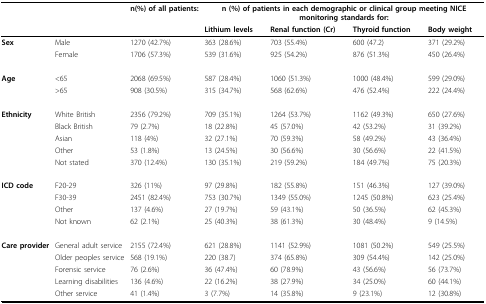
<table><thead><tr><td></td><td></td><td><b>n(%) of all patients:</b></td><td colspan="4"><b>n (%) of patients in each demographic or clinical group meeting NICE monitoring standards for:</b></td></tr><tr><td></td><td></td><td></td><td><b>Lithium levels</b></td><td><b>Renal function (Cr)</b></td><td><b>Thyroid function</b></td><td><b>Body weight</b></td></tr></thead><tbody><tr><td><b>Sex</b></td><td>Male</td><td>1270 (42.7%)</td><td>363 (28.6%)</td><td>703 (55.4%)</td><td>600 (47.2)</td><td>371 (29.2%)</td></tr><tr><td></td><td>Female</td><td>1706 (57.3%)</td><td>539 (31.6%)</td><td>925 (54.2%)</td><td>876 (51.3%)</td><td>450 (26.4%)</td></tr><tr><td><b>Age</b></td><td>&lt; 65</td><td>2068 (69.5%)</td><td>587 (28.4%)</td><td>1060 (51.3%)</td><td>1000 (48.4%)</td><td>599 (29.0%)</td></tr><tr><td></td><td>&gt; 65</td><td>908 (30.5%)</td><td>315 (34.7%)</td><td>568 (62.6%)</td><td>476 (52.4%)</td><td>222 (24.4%)</td></tr><tr><td><b>Ethnicity</b></td><td>White British</td><td>2356 (79.2%)</td><td>709 (35.1%)</td><td>1264 (53.7%)</td><td>1162 (49.3%)</td><td>650 (27.6%)</td></tr><tr><td></td><td>Black British</td><td>79 (2.7%)</td><td>18 (22.8%)</td><td>45 (57.0%)</td><td>42 (53.2%)</td><td>31 (39.2%)</td></tr><tr><td></td><td>Asian</td><td>118 (4%)</td><td>32 (27.1%)</td><td>70 (59.3%)</td><td>58 (49.2%)</td><td>43 (36.4%)</td></tr><tr><td></td><td>Other</td><td>53 (1.8%)</td><td>13 (24.5%)</td><td>30 (56.6%)</td><td>30 (56.6%)</td><td>22 (41.5%)</td></tr><tr><td></td><td>Not stated</td><td>370 (12.4%)</td><td>130 (35.1%)</td><td>219 (59.2%)</td><td>184 (49.7%)</td><td>75 (20.3%)</td></tr><tr><td><b>ICD code</b></td><td>F20-29</td><td>326 (11%)</td><td>97 (29.8%)</td><td>182 (55.8%)</td><td>151(46.3%)</td><td>127 (39.0%)</td></tr><tr><td></td><td>F30-39</td><td>2451 (82.4%)</td><td>753 (30.7%)</td><td>1349 (55.0%)</td><td>1245 (50.8%)</td><td>623 (25.4%)</td></tr><tr><td></td><td>Other</td><td>137 (4.6%)</td><td>27 (19.7%)</td><td>59 (43.1%)</td><td>50 (36.5%)</td><td>62 (45.3%)</td></tr><tr><td></td><td>Not known</td><td>62 (2.1%)</td><td>25 (40.3%)</td><td>38 (61.3%)</td><td>30 (48.4%)</td><td>9 (14.5%)</td></tr><tr><td><b>Care provider</b></td><td>General adult service</td><td>2155 (72.4%)</td><td>621 (28.8%)</td><td>1141 (52.9%)</td><td>1081 (50.2%)</td><td>549 (25.5%)</td></tr><tr><td></td><td>Older peoples service</td><td>568 (19.1%)</td><td>220 (38.7)</td><td>374 (65.8%)</td><td>309 (54.4%)</td><td>142 (25.0%)</td></tr><tr><td></td><td>Forensic service</td><td>76 (2.6%)</td><td>36 (47.4%)</td><td>60 (78.9%)</td><td>43 (56.6%)</td><td>56 (73.7%)</td></tr><tr><td></td><td>Learning disabilities</td><td>136 (4.6%)</td><td>22 (16.2%)</td><td>38 (27.9%)</td><td>34 (25.0%)</td><td>60 (44.1%)</td></tr><tr><td></td><td>Other service</td><td>41 (1.4%)</td><td>3 (7.7%)</td><td>14 (35.8%)</td><td>9 (23.1%)</td><td>12 (30.8%)</td></tr></tbody></table>